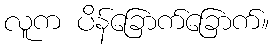
လူက ပိန်ခြောက်ခြောက်။